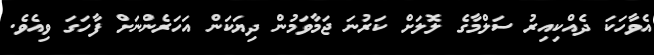
އެވާހަކަ ދެއްކިއިރު ސަލްމާގެ ލޮލަށް ކަރުނަ ޖަމާވަމުން ދިޔަކަން އަހަރެންނަށް ފާހަގަ ވިއެވެ.